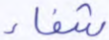
شفاء